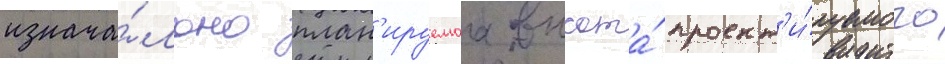
изнача́льно план'ируемаа высота́ проект'и́руемого